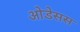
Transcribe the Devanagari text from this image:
ओडेसस